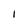
Character: I